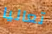
تعاليا